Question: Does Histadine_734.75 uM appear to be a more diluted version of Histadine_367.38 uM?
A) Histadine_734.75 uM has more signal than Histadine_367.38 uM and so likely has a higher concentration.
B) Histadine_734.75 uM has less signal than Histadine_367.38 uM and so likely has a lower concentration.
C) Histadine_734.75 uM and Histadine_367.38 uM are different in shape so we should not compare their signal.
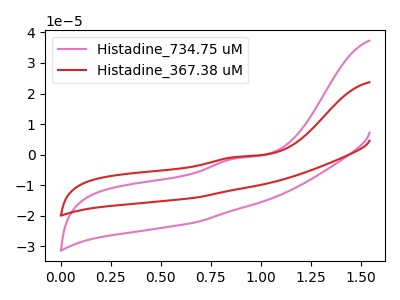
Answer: <think>The pink curve "Histadine_734.75 uM" has an anodic peak at: (0.90V, -1.20uA). The red curve "Histadine_367.38 uM" has an anodic peak at: (0.90V, -0.75uA).
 All the peaks in "Histadine_734.75 uM" have a peak in "Histadine_367.38 uM" at the same potential. Every peak in "Histadine_734.75 uM" is lower than every peak in "Histadine_367.38 uM".</think>
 <answer>B) "Histadine_734.75 uM" has less signal than "Histadine_367.38 uM" and so likely has a lower concentration.</answer>
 <eval>B</eval>